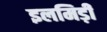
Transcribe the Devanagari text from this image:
इलमिड़ी